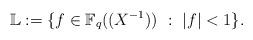
LaTeX: \begin{align*}{\mathbb L}:=\{f\in{\mathbb F}_q((X^{-1}))\ :\ \vert f\vert<1\}.\end{align*}